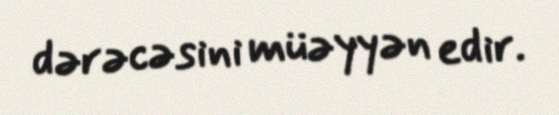
dərəcəsini müəyyən edir.